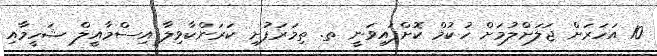
10 އަހަރަށް ޖަލަށްލުމަށް ހުކުމް ކޮށްފައިވަނީ ތ. ތިމަރަފުށި ކަރަންކާވިލާ އިސްމާއީލް ޝަހީމާއި